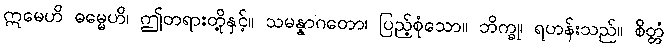
ဣမေဟိ ဓမ္မေဟိ၊ ဤတရားတို့နှင့်။ သမန္နာဂတော၊ ပြည့်စုံသော။ ဘိက္ခု၊ ရဟန်းသည်။ စိတ္တံ